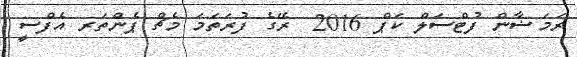
ރަމަޟާން ފުޓްސަލް ކަޕް 2016  ރޭގެ ފުރަތަމަ މެޗް ޕެންތަރ އެފްސީ